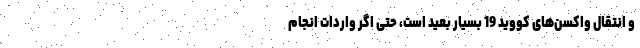
و انتقال واکسن‌‌های کووید 19 بسیار بعید است، حتی اگر واردات انجام